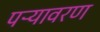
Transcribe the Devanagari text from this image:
पऱ्यावरण